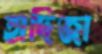
হাদিজা